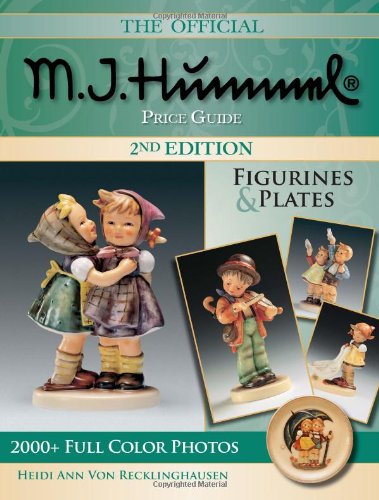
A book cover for The Official M.I. Hummel Price Guide: Figurines & Plates (Hummel Figurines and Plates); Heidi Ann Von Recklinghausen; Humor & Entertainment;